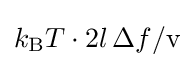
k_{\rm {B}}T\cdot 2l\,\Delta f/{\text{v}}